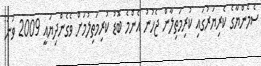
ސެމެންޔާގެ ކެރިޔަރުގައި ކުރިމަތިލާން ޖެހުނު އެންމެ ބޮޑު ކުރިމަތިލުމަށް ވެގެންދިޔައީ 2009 ވަނަ